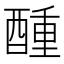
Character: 𮠵